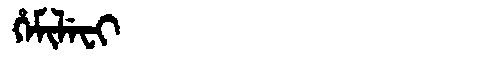
Manchu: ᡥᡝᠮᡳᠯᡝᠸᡳ
Romanization: HEMILEFI